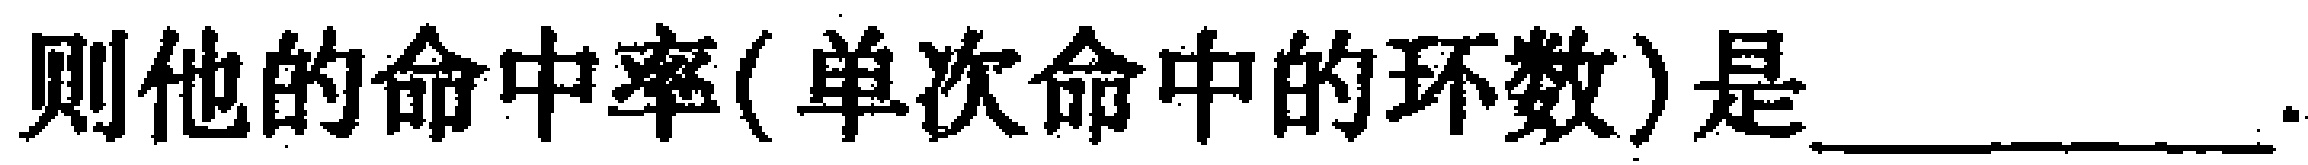
则他的命中率(单次命中的环数)是__________.